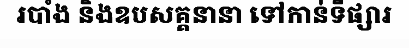
របាំង និងឧបសគ្គនានា ទៅកាន់ទីផ្សារ